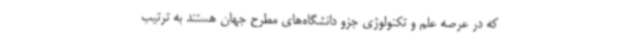
که در عرصه علم و تکنولوژی جزو دانشگاه‌های مطرح جهان هستند به ترتیب